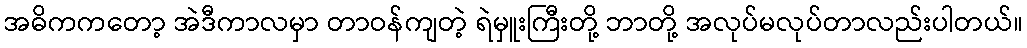
အဓိကကတော့ အဲဒီကာလမှာ တာဝန်ကျတဲ့ ရဲမှူးကြီးတို့ ဘာတို့ အလုပ်မလုပ်တာလည်းပါတယ်။